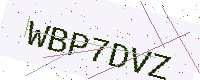
Text: WBP7DVZ